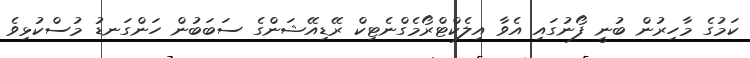
ކަމުގެ މާހިރުން ބުނީ ފޯނުގައި އެވާ އިލެކްޓްރޯމެގްނެޓިކް ރޭޑިއޭޝަންގެ ސަބަބުން ހަންގަނޑު މުސްކުޅިވެ